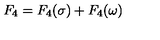
F _ { 4 } = F _ { 4 } ( \sigma ) + F _ { 4 } ( \omega )